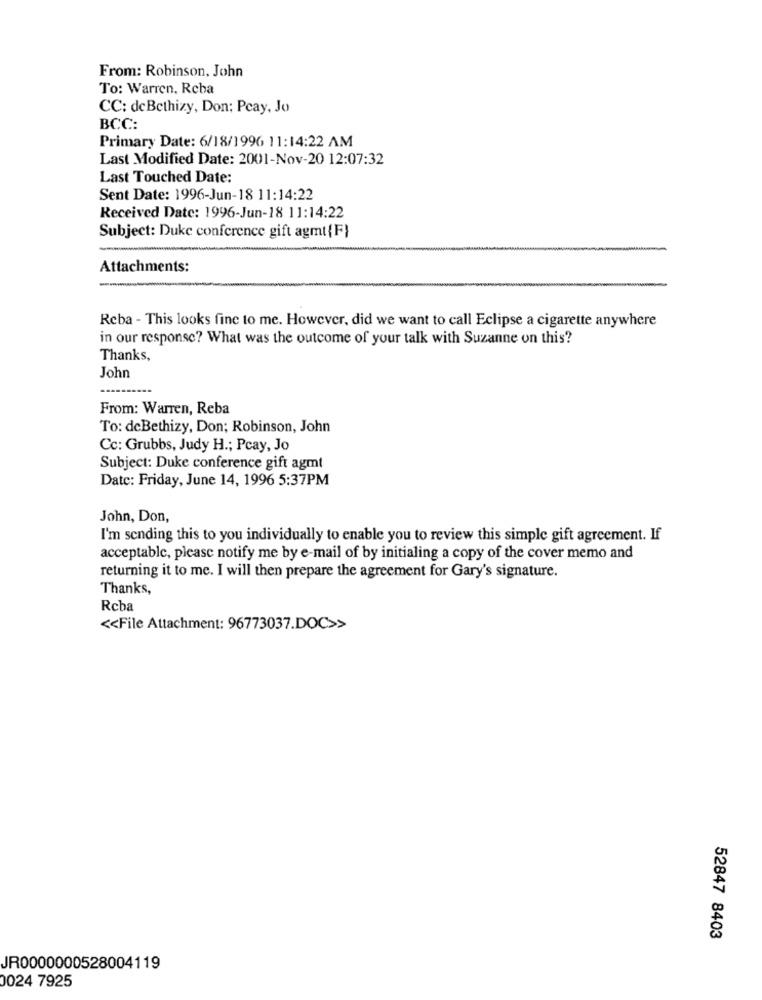
From: Robinson, John
To: Warren, Reba
CC: deBethizy, Don; Peay, Jo
BCC:
Primary Date: 6/18/1996 11:14:22 AM
Last Modified Date: 2001-Nov-20 12:07:32
Last Touched Date:
Sent Date: 1996-Jun-18 11:14:22
Received Date: 1996-Jun-18 11:14:22
Subject: Duke conference gift agmt {F}
Attachments:
-
Reba - This looks fine to me. However, did we want to call Eclipse a cigarette anywhere
in our response? What was the outcome of your talk with Suzanne on this?
Thanks,
John
From: Warren, Reba
To: deBethizy, Don; Robinson, John
Cc: Grubbs, Judy H .; Pcay, Jo
Subject: Duke conference gift agmt
Date: Friday, June 14, 1996 5:37PM
John, Don,
I'm sending this to you individually to enable you to review this simple gift agreement. If
acceptable, please notify me by e-mail of by initialing a copy of the cover memo and
returning it to me. I will then prepare the agreement for Gary's signature.
Thanks,
Rcba
<< File Attachment: 96773037.DOC>>
52847 8403
JR0000000528004119
0024 7925